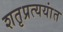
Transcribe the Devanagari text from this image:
शतृप्रत्ययांत